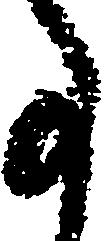
事